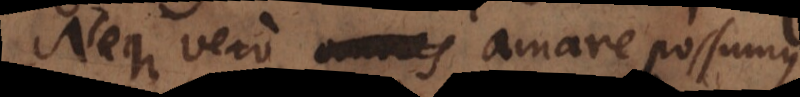
Neque vero omnes amare possumus